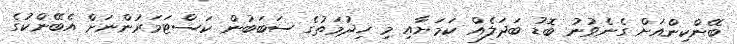
ބޭންކިންއަށް ގެނެވުނު ބޮޑު ބަދަލެއް ކަމަށާއި މި ހިދުމަތުގެ ސަބަބުން ކަސްޓަމަރުންނަށް އެބޭންކުގެ